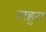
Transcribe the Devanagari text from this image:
लहुरा